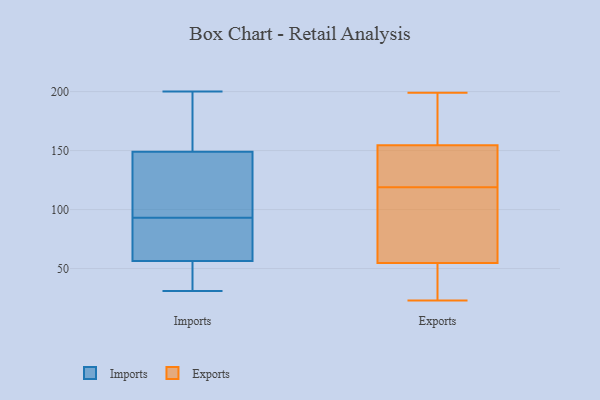
{"axis": {"x": "Waste Production (Tons)", "y": "Value"}, "legend": ["Exports", "Imports"], "data": [{"x": "", "y": 135, "type": "Imports"}, {"x": "", "y": 57, "type": "Imports"}, {"x": "", "y": 176, "type": "Imports"}, {"x": "", "y": 56, "type": "Imports"}, {"x": "", "y": 58, "type": "Imports"}, {"x": "", "y": 48, "type": "Imports"}, {"x": "", "y": 163, "type": "Imports"}, {"x": "", "y": 106, "type": "Imports"}, {"x": "", "y": 31, "type": "Imports"}, {"x": "", "y": 86, "type": "Imports"}, {"x": "", "y": 200, "type": "Imports"}, {"x": "", "y": 100, "type": "Imports"}, {"x": "", "y": 181, "type": "Exports"}, {"x": "", "y": 135, "type": "Exports"}, {"x": "", "y": 119, "type": "Exports"}, {"x": "", "y": 24, "type": "Exports"}, {"x": "", "y": 54, "type": "Exports"}, {"x": "", "y": 55, "type": "Exports"}, {"x": "", "y": 23, "type": "Exports"}, {"x": "", "y": 131, "type": "Exports"}, {"x": "", "y": 159, "type": "Exports"}, {"x": "", "y": 153, "type": "Exports"}, {"x": "", "y": 74, "type": "Exports"}, {"x": "", "y": 103, "type": "Exports"}, {"x": "", "y": 199, "type": "Exports"}]}